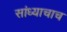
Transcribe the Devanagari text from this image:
सांध्याचाच